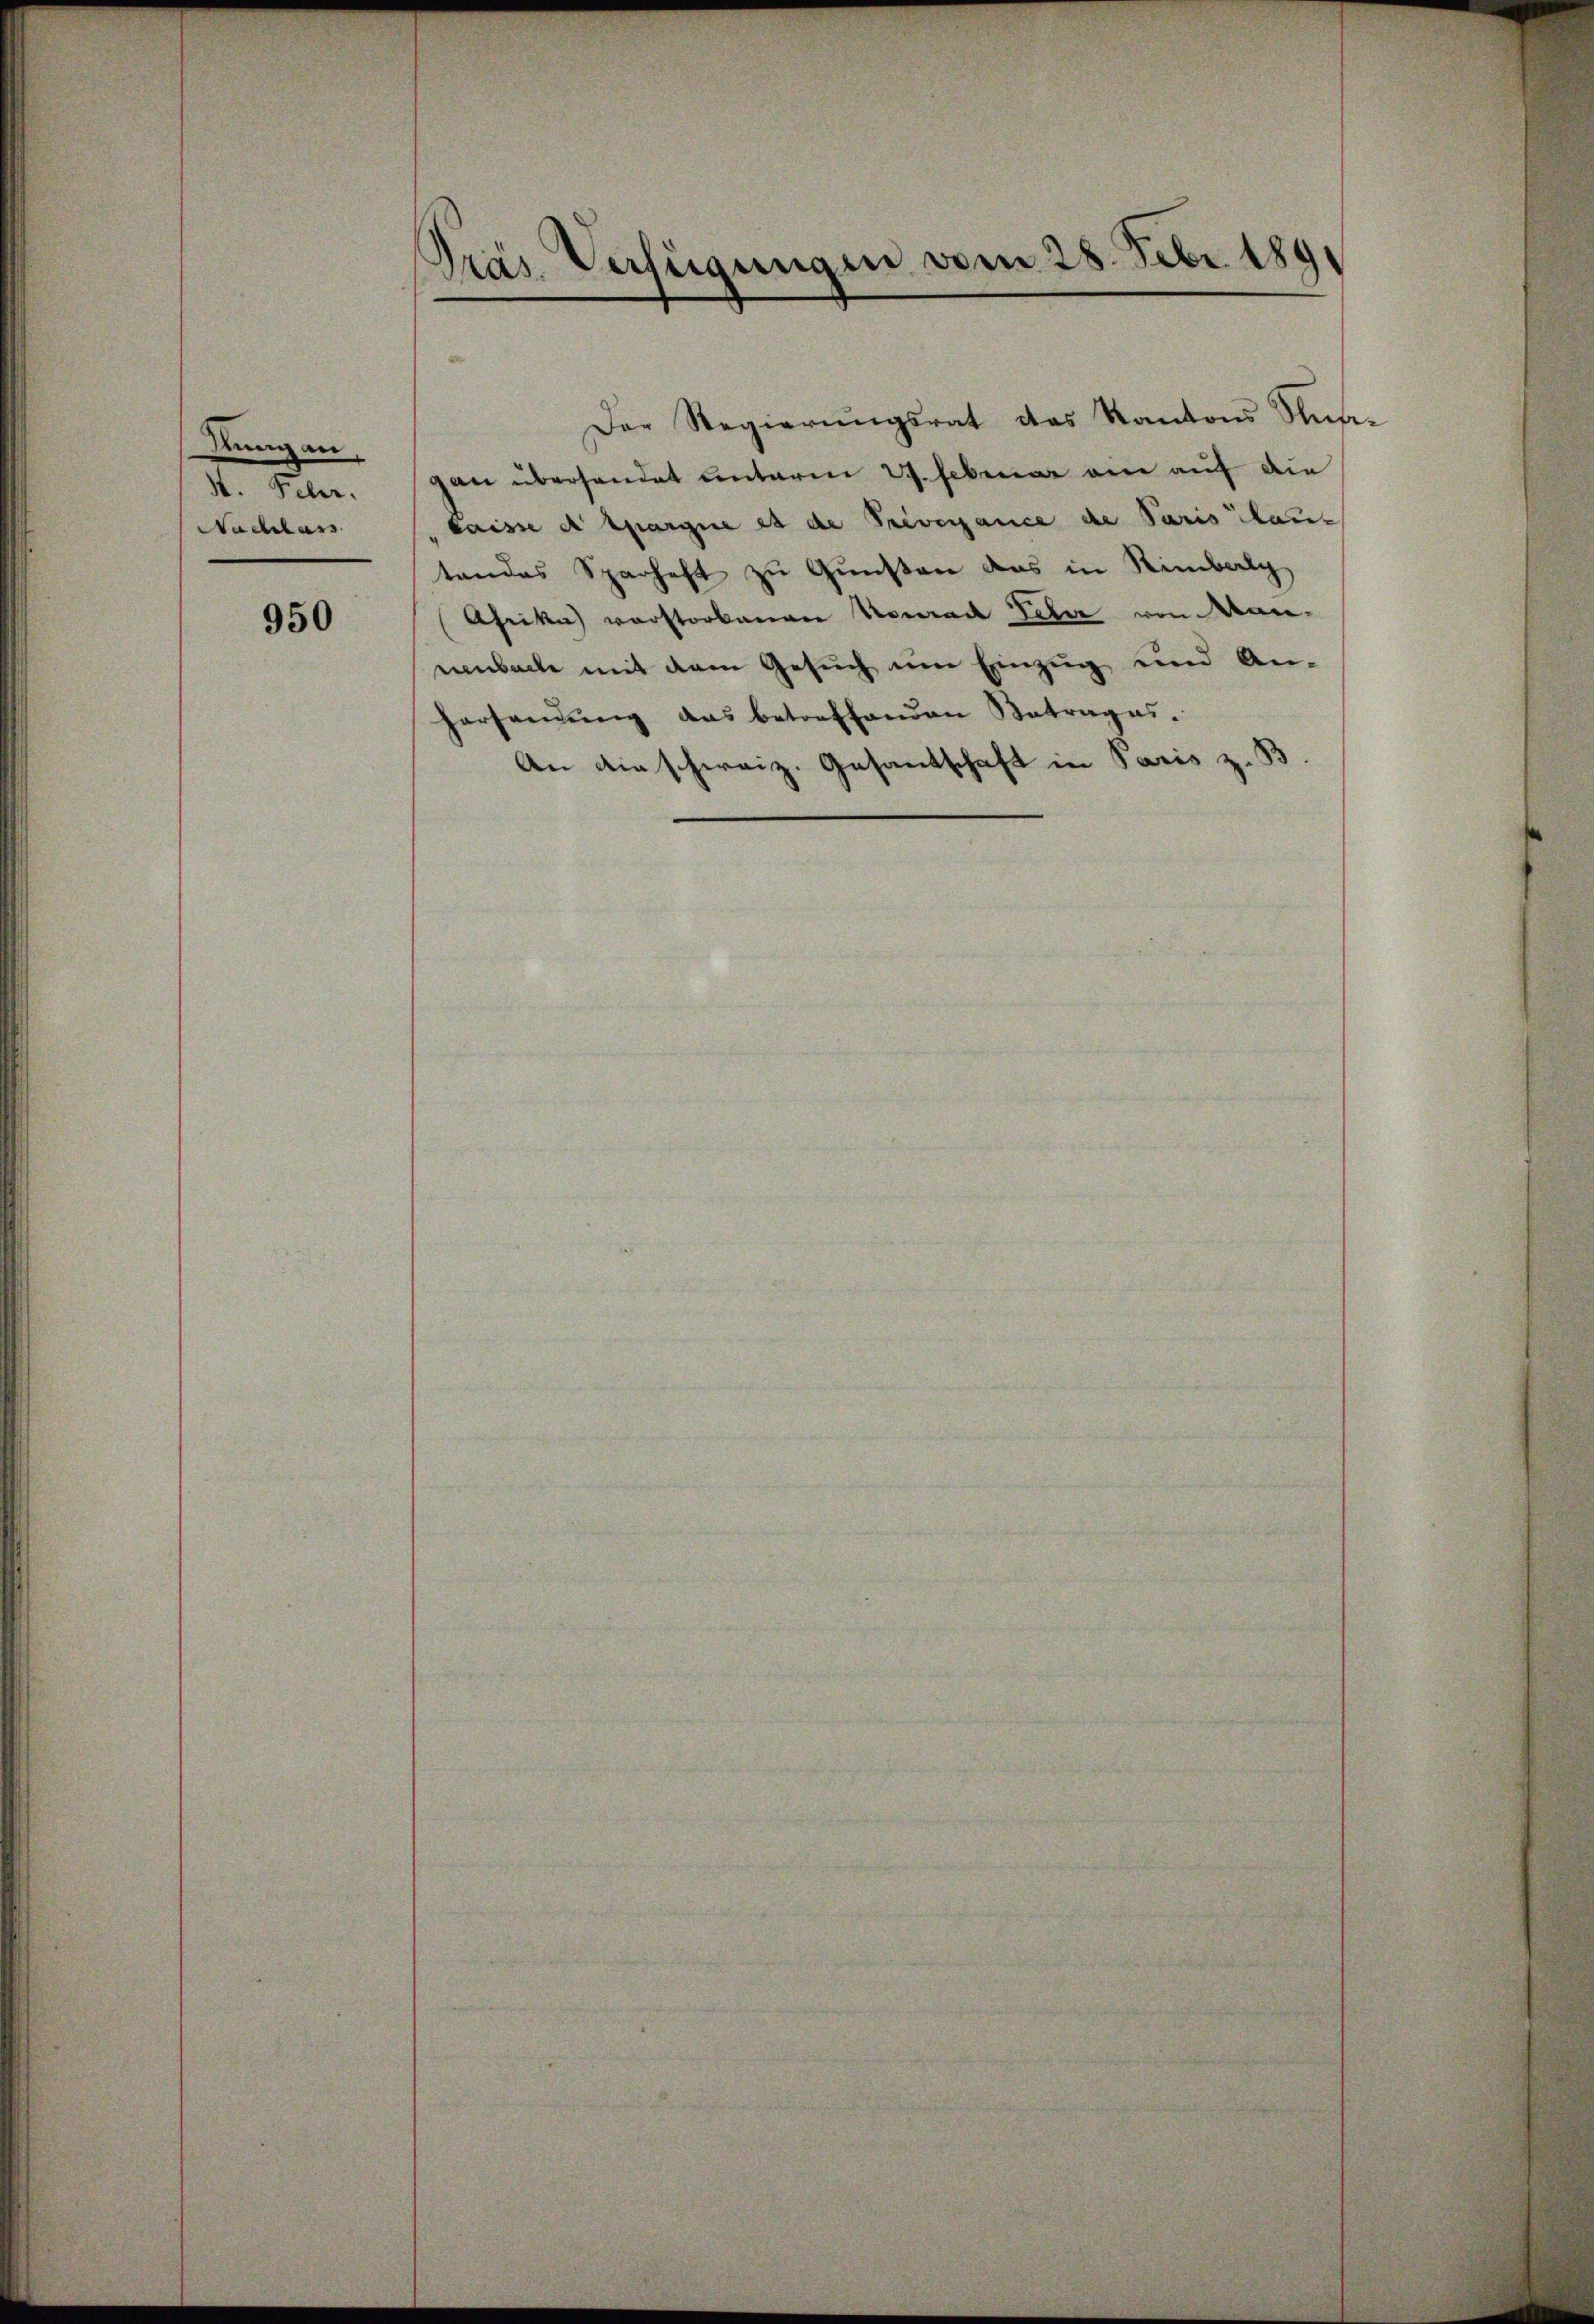
dtung an
4. Febr.
Nachlass

950

.
Präs. Verfügungen vom 28. Febr 189

Der Regierŭngsrat des Kantons Sub-
gan überhandet unterm 29. Februar ein auf die
caisse die Spargne et de Prevocance de Paris lan
tandes Sparhaft zu Gunsten das in Rimbalg
Afrika verstorbenen Konrad Peter von Manemmbache mit dem Gesuch um Einzug und An-
hersandŭng das betreffenden Betrages.
An die schweiz. Gesantschaft in Paris z. B.